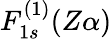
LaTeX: F_{1s}^{(1)}(Z\alpha)